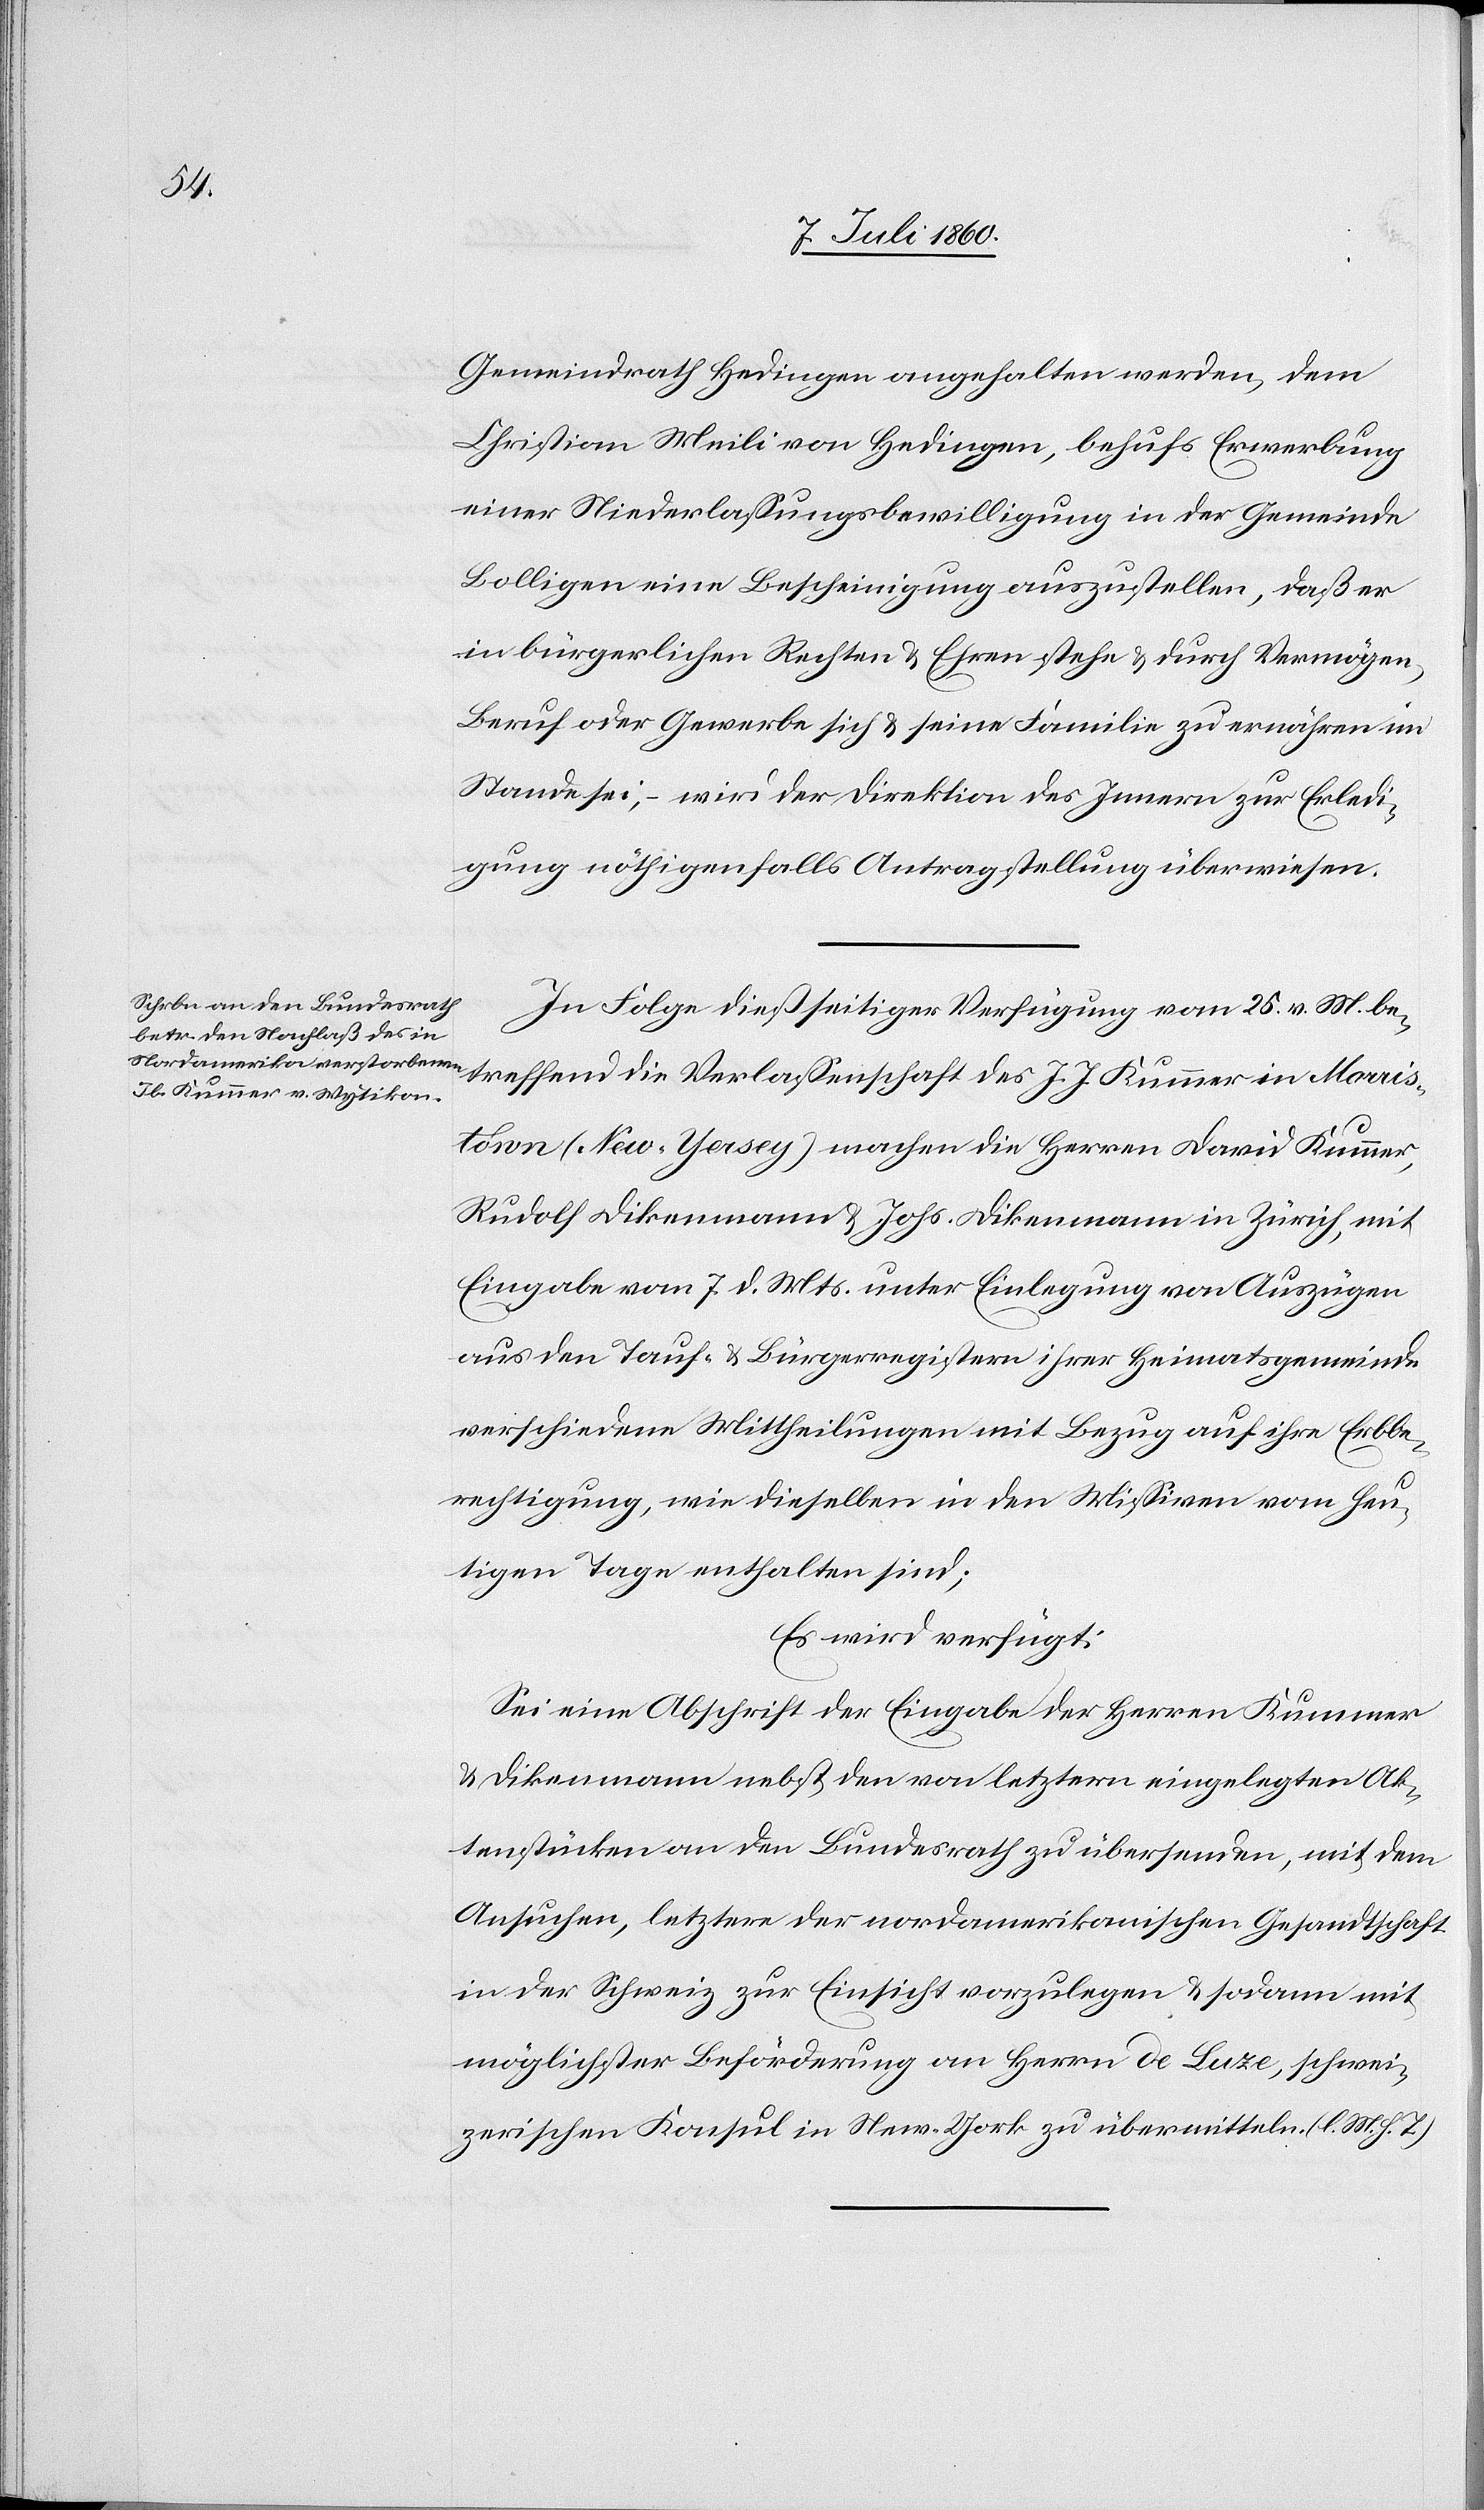
9. Juli 1860.]
Gemeindrath Hedingen angehalten werden, dem
Christian Meili von Hedingen, behufs Erwerbung
einer Niederlassungsbewilligung in der Gemeinde
Bolligen eine Bescheinigung auszustellen, daß er
in bürgerlichen Rechten & Ehren stehe & durch Vermögen,
Beruf oder Gewerbe sich & seine Familie zu ernähren im
Stande sei, – wird der Direktion des Innern zur Erledi¬
gung nöthigenfalls Antragstellung überwiesen.
In Folge dießseitiger Verfügung vom 25. v. M. be¬
treffend die Verlassenschaft des J. J. Kummer in Morris¬
town (New-Jersey) machen die Herren David Kummer,
Rudolf Dikenmann & Johs. Dikenmann in Zürich, mit
Eingabe vom 7. d. Mts. unter Einlegung von Auszügen
aus den Tauf- & Bürgerregistern ihrer Heimatsgemeinde
verschiedene Mittheilungen mit Bezug auf ihre Erbbe¬
rechtigung, wie dieselben in den Missiven vom heu¬
tigen Tage enthalten sind;
Es wird verfügt:
Sei eine Abschrift der Eingabe der Herren Kummer
& Dikenmann nebst den von letztern eingelegten Ak¬
tenstücken an den Bundesrath zu übersenden, mit dem
Ansuchen, letztere der nordamerikanischen Gesandtschaft
in der Schweiz zur Einsicht vorzulegen & sodann mit
möglichster Beförderung an Herrn de Luze, schwei¬
zerischen Konsul in New-York zu übermitteln. (l. M. h. T.)